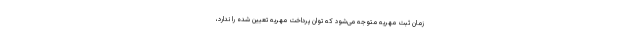
زمان ثبت مهریه متوجه می‌شود که توان‌ پرداخت مهریه تعیین شده را ندارد،